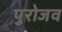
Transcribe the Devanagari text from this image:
पुरोजव